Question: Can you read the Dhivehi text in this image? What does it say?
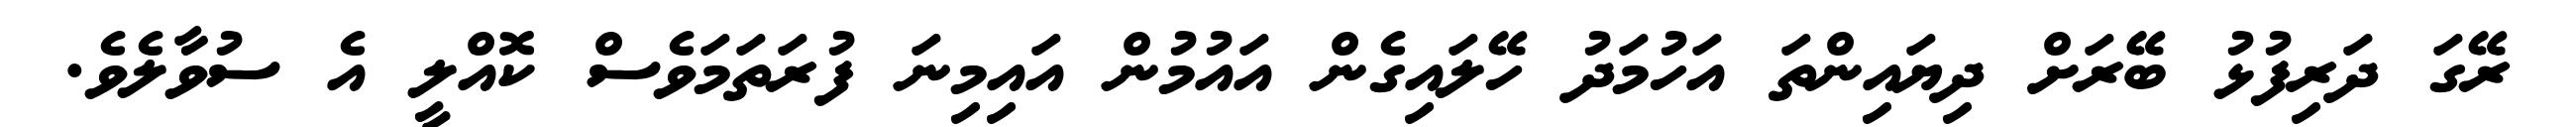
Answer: ރޭގަ ދަރިފުޅު ބޭރަށް ދިޔައިންތަ އަހުމަދު ހޭލައިގެން އައުމުން އައިމިނަ ފުރަތަމަވެސް ކޮއްލީ އެ ސުވާލެވެ.